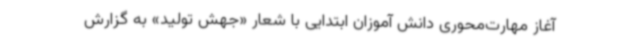
آغاز مهارت‌محوری دانش آموزان ابتدایی با شعار «جهش تولید» به گزارش